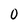
Character: 0